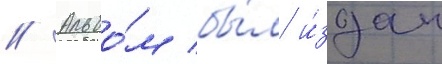
// Альбо́м бы́л и́здан